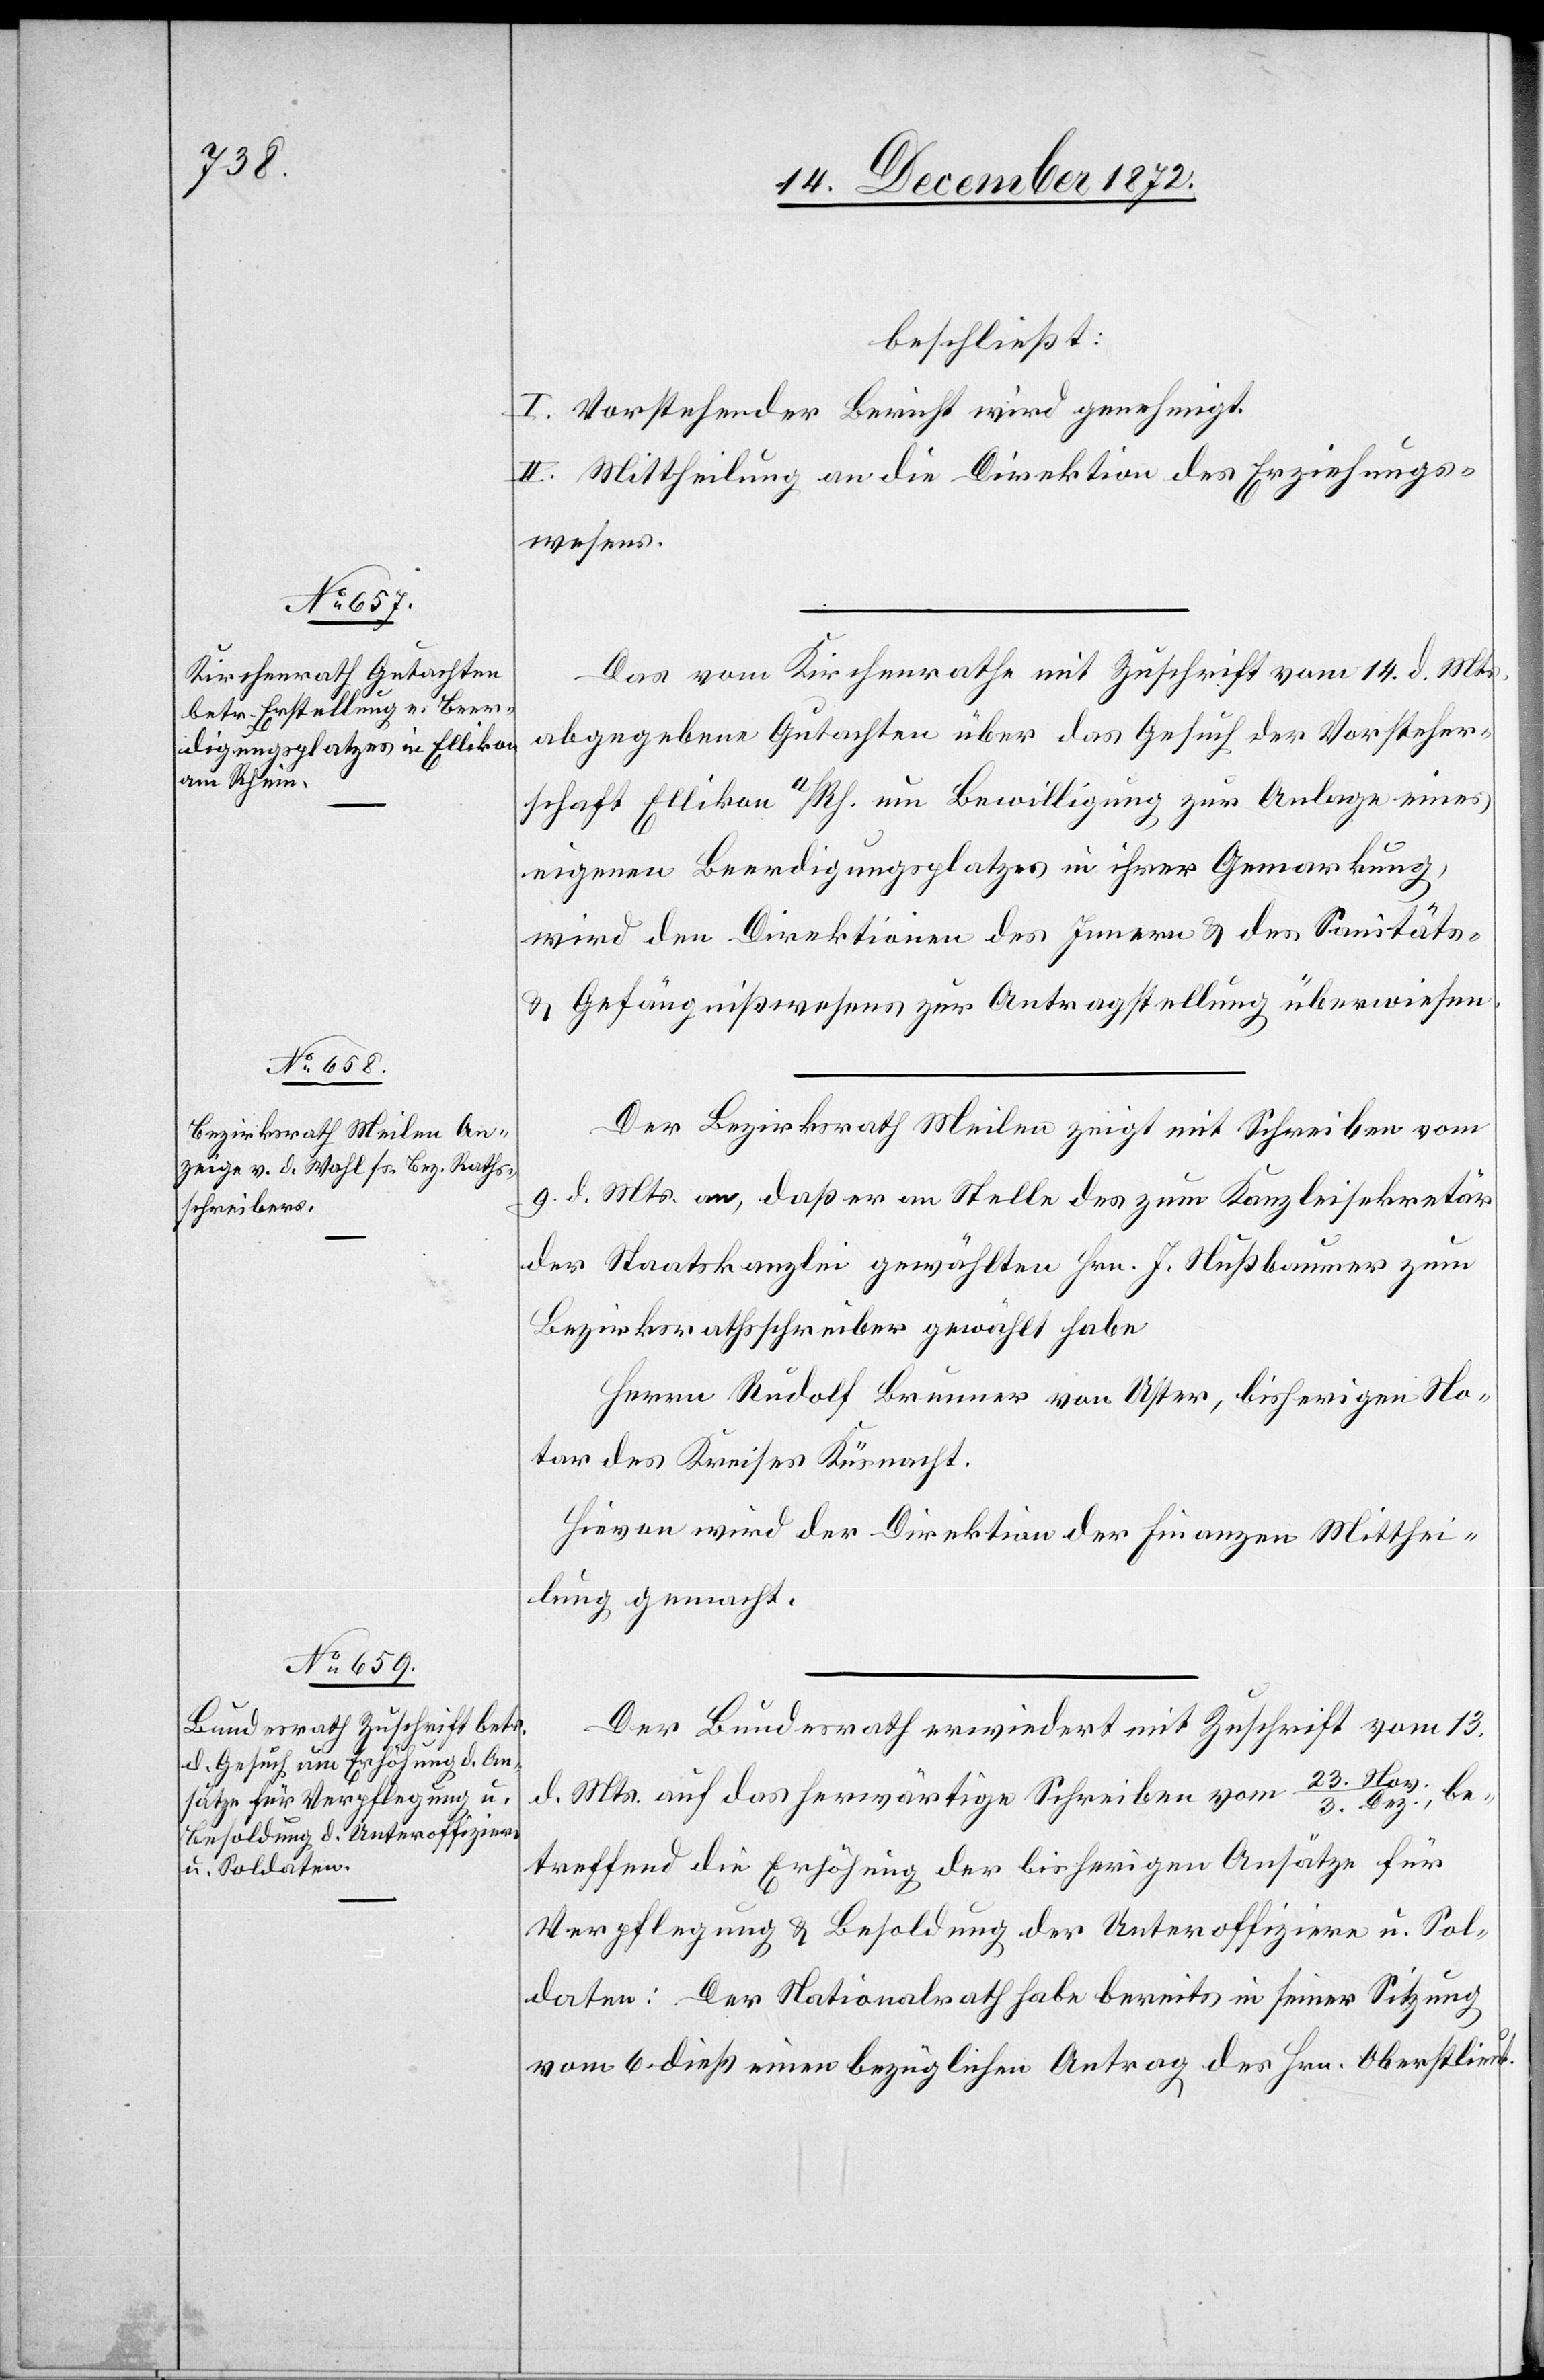
beschließt:
I. Vorstehender Bericht wird genehmigt.
II. Mittheilung an die Direktion des Erziehungs¬
wesens.
Das vom Kirchenrathe mit Zuschrift vom 14. d. Mts.
abgegebene Gutachten über das Gesuch der Vorsteher¬
schaft Ellikon a/Rh. um Bewilligung zur Anlage eines
eigenen Beerdigungsplatzes in ihrer Gemarkung,
wird den Direktionen des Innern u. des Sanitäts-
u. Gefängnißwesens zur Antragstellung überwiesen.
Der Bezirksrath Meilen zeigt mit Schreiben vom
9. d. Mts. an, daß er an Stelle des zum Kanzleisekretär
der Staatskanzlei gewählten Hrn. J. Nußbaumer zum
Bezirksrathsschreiber gewählt habe.
Herrn Rudolf Brunner von Uster, bisherigen No¬
tar des Kreises Küsnacht.
Hievon wird der Direktion der Finanzen Mitthei¬
lung gemacht.
Der Bundesrath erwiedert mit Zuschrift vom 13.
d. Mts. auf das herwärtige Schreiben vom 23. Nov./3. De¬
z.,
betreffend die Erhöhung der bisherigen Ansätze für
Verpflegung u. Besoldung der Unteroffiziere u. Sol¬
daten: Der Nationalrath habe bereits in seiner Sitzung
vom 6. dieß einen bezüglichen Antrag des Hrn. Oberstlieut.